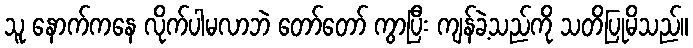
သူ နောက်ကနေ လိုက်ပါမလာဘဲ တော်တော် ကွာပြီး ကျန်ခဲ့သည်ကို သတိပြုမိသည်။